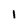
Character: 1